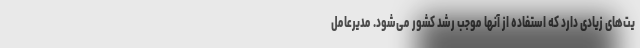
یت‌های زیادی دارد که استفاده از آنها موجب رشد کشور می‌شود. مدیرعامل